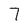
Character: 7